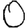
Digit: 0